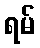
ရမ်